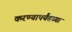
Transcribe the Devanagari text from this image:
करण्यापर्यंतच्या